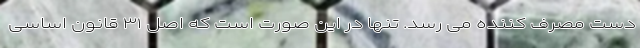
دست مصرف کننده می رسد. تنها در این صورت است که اصل ۳۱ قانون اساسی